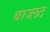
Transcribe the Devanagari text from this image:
बाज्लट